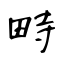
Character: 畤